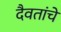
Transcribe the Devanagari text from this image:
दैवतांचे